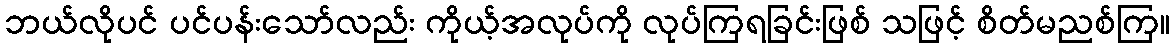
ဘယ်လိုပင် ပင်ပန်းသော်လည်း ကိုယ့်အလုပ်ကို လုပ်ကြရခြင်းဖြစ် သဖြင့် စိတ်မညစ်ကြ။